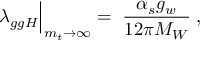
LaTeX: \lambda _ { g g H } \Bigl | _ { m _ { t } \to \infty } \; = \; \frac { \alpha _ { s } g _ { w } } { 1 2 \pi M _ { W } } \; ,